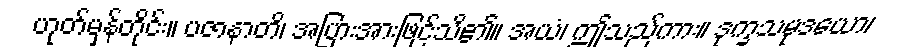
ဟုတ်မှန်တိုင်း။ ပဇာနာတိ၊ အပြားအားဖြင့်သိ၏။ အယံ၊ ဤသည်ကား။ ဒုက္ခသမုဒယော၊